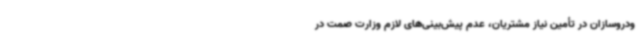
ودروسازان در تأمین نیاز مشتریان، عدم پیش‌بینی‌های لازم وزارت صمت در